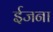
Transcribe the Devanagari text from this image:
ईजना